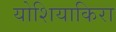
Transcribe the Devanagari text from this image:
योशियाकिरा